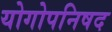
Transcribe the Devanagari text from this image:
योगोपनिषद